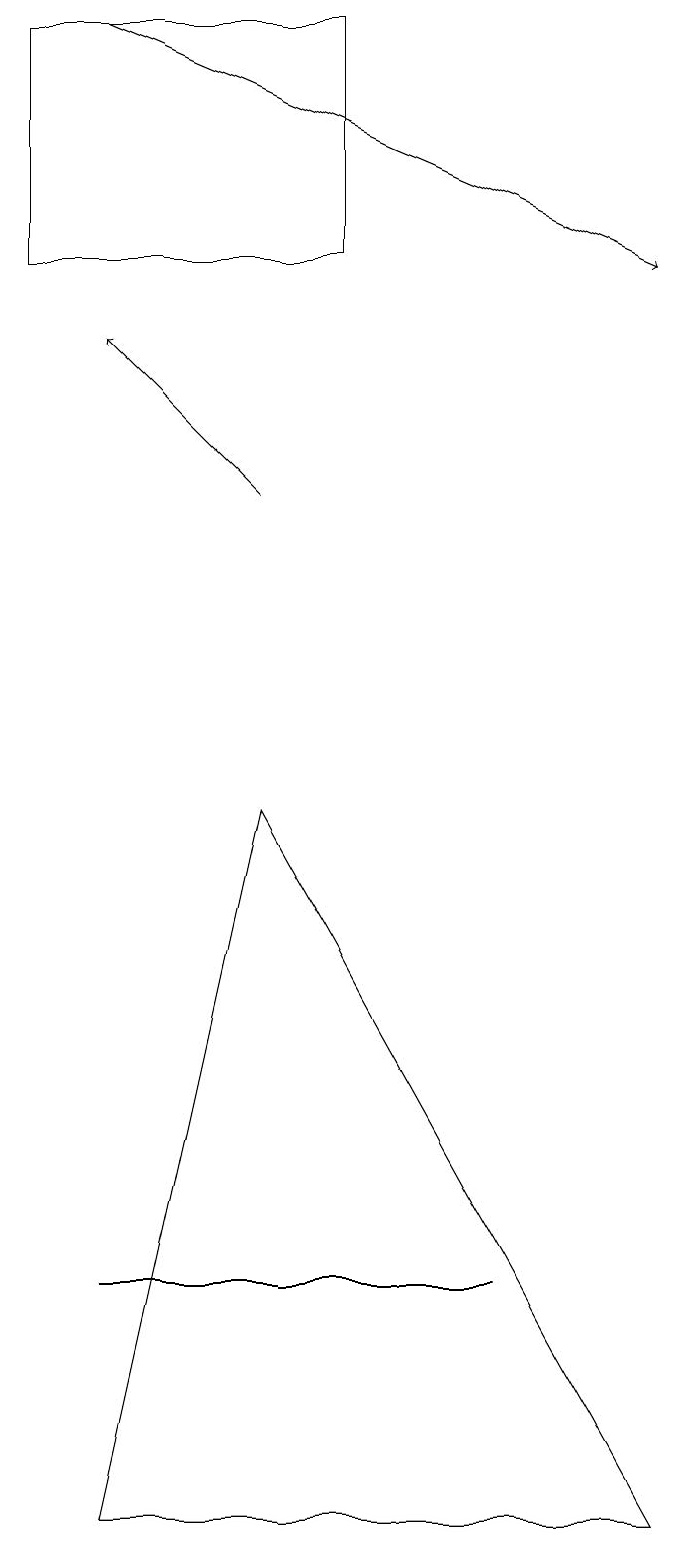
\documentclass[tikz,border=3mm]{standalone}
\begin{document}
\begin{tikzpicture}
\draw (3,9) -- (8,0) -- (1,0) -- cycle;
\draw (1,3) -- (5,3) -- (6,3) -- cycle;
\draw[->] (3,13) -- (1,15);
\draw (0,19) rectangle (4,16);
\draw[->] (1,19) -- (8,16);
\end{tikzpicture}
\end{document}